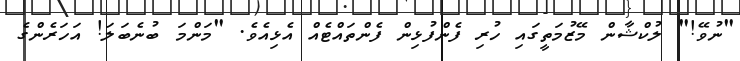
"ނުވޭ!" ލުކްޝާން މޭޒުމަތީގައި ހުރި ފެންފުޅިން ފެންތައްޓެއް އެޅިއެވެ. "މަންމަ ބުނެބަލަ! އަހަރެންގެ